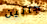
جانين